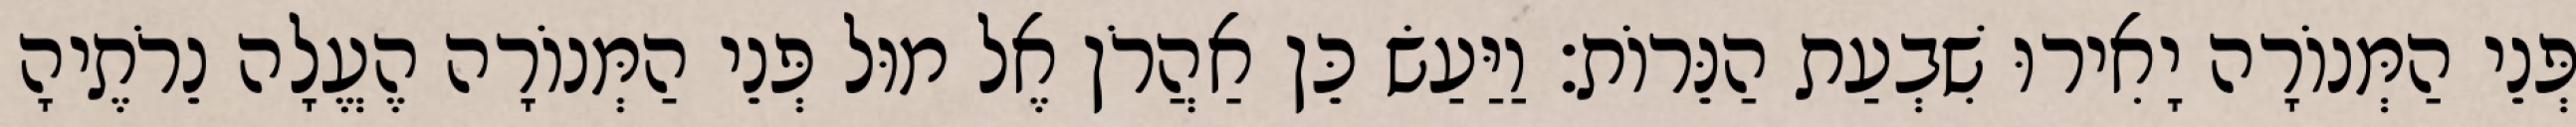
פְּנֵי הַמְּנוֹרָה יָאִירוּ שִׁבְעַת הַנֵּרוֹת׃ וַיַּעַשׂ כֵּן אַהֲרֹן אֶל מוּל פְּנֵי הַמְּנוֹרָה הֶעֱלָה נֵרֹתֶיהָ